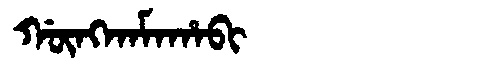
Manchu: ᡤᡡᠩᡴᠠᠮᠠᡥᠠᠪᡳ
Romanization: GŪNGKAMAHABI